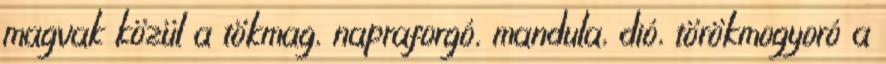
magvak közül a tökmag, napraforgó, mandula, dió, törökmogyoró a